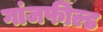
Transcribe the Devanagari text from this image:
गांजफील्ड